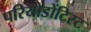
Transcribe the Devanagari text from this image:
परियोडोंटिस्ट